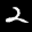
Label: 2